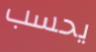
يحسب